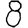
Digit: 8